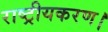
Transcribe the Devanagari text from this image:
राष्ट्रीयकरण।